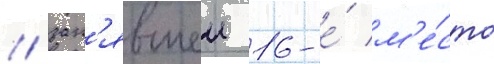
/ зан'явшеи 16-е́ м'е́сто